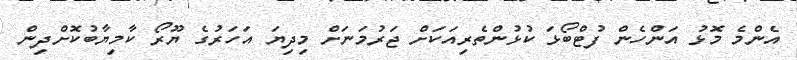
އެންމެ މޮޅު އަންހެން ފުޓްބޯޅަ ކުޅުންތެރިއަކަށް ޖަރުމަނަށް މިދިޔަ އަހަރުގެ ޔޫރޯ ކާމިޔާބުކޮށްދިން